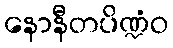
နောနီတပိဏ္ဍံဝ